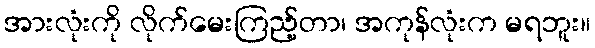
အားလုံးကို လိုက်မေးကြည့်တာ၊ အကုန်လုံးက မရဘူး။